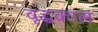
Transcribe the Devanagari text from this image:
वृद्धकाल